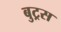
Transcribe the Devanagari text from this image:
बुट्रस